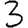
Digit: 3